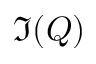
\Im ( Q )